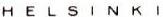
HELSINKI